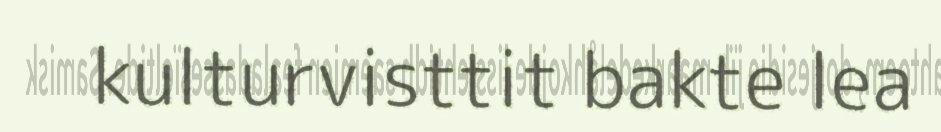
kulturvisttit bakte lea